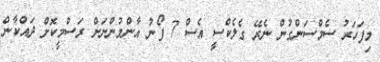
މިފަހަރު ސެމްސަންގުން ނެރޭ ގެލެކްސީ އެސް 7 ފޯނު އާންމުންނަށް ރަސްމީކޮށް ދައްކާން